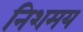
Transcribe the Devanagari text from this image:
निशमय